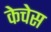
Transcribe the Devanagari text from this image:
केचेस